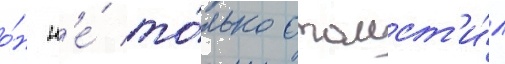
о́н н'е́ то́лько отомст'и́л